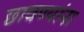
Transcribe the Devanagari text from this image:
छावण्यांना